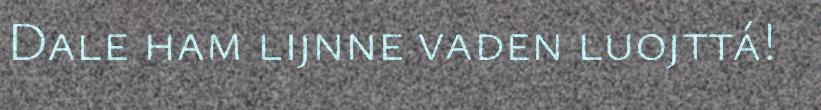
Dale ham lijnne vaden luojttá!